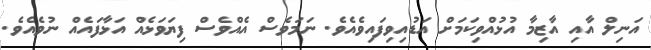
އަނިލް އާއި އާޒިމާ އުޅުއްވިކަމަށް އަޑުއިވިފައިވެއެވެ. ނަމަވެސް އެއްވެސް ފިޔަވަޅެއް އަޅާފައެއް ނުވެއެވެ.